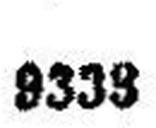
9339